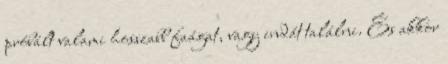
próbált valami hosszabb faágat, vagy indát találni. És akkor